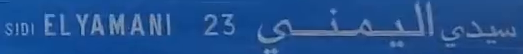
SIDI EL YAMANI 23